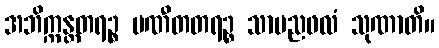
အဘိက္ကန္တတရဉ္စ ပဏီတတရဉ္စ သာမညဖလံ သုဏာတိ။